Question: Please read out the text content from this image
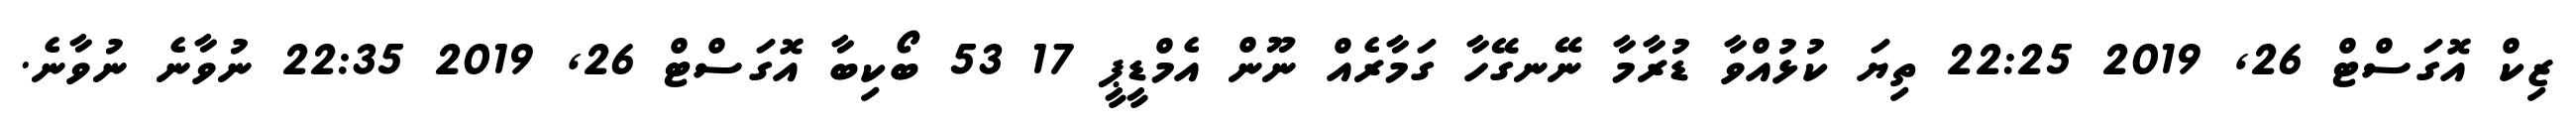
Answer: ޒިކް އޮގަސްޓް 26, 2019 22:25 ތިޔަ ކުޅުއްވާ ޑުރާމާ ނޭނގޭހާ ގަމާރެއް ނޫން އެމްޑީޕީ 17 53 ބޯކިބާ އޮގަސްޓް 26, 2019 22:35 ނުވާނެ ނުވާނެ.